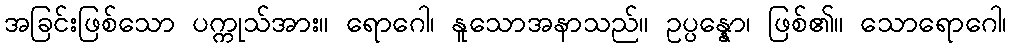
အခြင်းဖြစ်သော ပက္ကုသ်အား။ ရောဂေါ၊ နူသောအနာသည်။ ဥပ္ပန္နော၊ ဖြစ်၏။ သောရောဂေါ၊